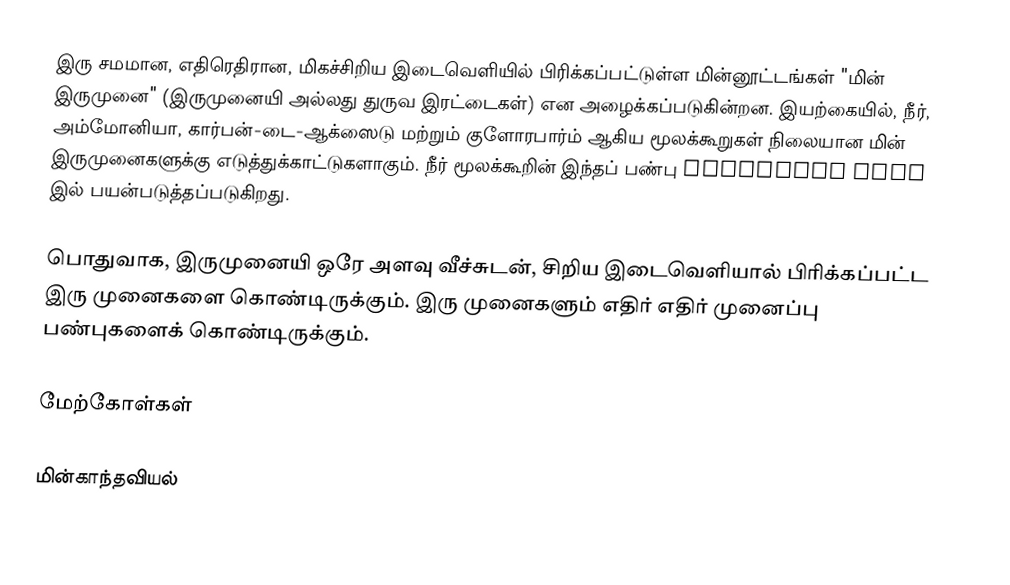
இரு சமமான, எதிரெதிரான, மிகச்சிறிய இடைவெளியில் பிரிக்கப்பட்டுள்ள மின்னூட்டங்கள் "மின் இருமுனை" (இருமுனையி அல்லது துருவ இரட்டைகள்) என அழைக்கப்படுகின்றன. இயற்கையில், நீர், அம்மோனியா, கார்பன்-டை-ஆக்ஸைடு மற்றும் குளோரபார்ம் ஆகிய மூலக்கூறுகள் நிலையான மின் இருமுனைகளுக்கு எடுத்துக்காட்டுகளாகும்.  நீர் மூலக்கூறின் இந்தப் பண்பு Microwave Oven இல் பயன்படுத்தப்படுகிறது.

பொதுவாக, இருமுனையி ஒரே அளவு வீச்சுடன், சிறிய இடைவெளியால் பிரிக்கப்பட்ட இரு முனைகளை கொண்டிருக்கும். இரு முனைகளும் எதிர் எதிர் முனைப்பு பண்புகளைக் கொண்டிருக்கும்.

மேற்கோள்கள்

மின்காந்தவியல்